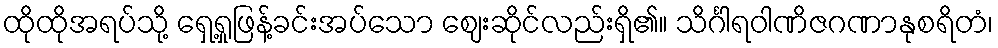
ထိုထိုအရပ်သို့ ရှေ့ရှုဖြန့်ခင်းအပ်သော ဈေးဆိုင်လည်းရှိ၏။ သိင်္ဂါရဝါဏိဇဂဏာနုစရိတံ၊